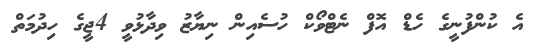
އެ ކުންފުނީގެ ހެޑް އޮފް ނެޓްވޯކް ހުސެއިން ނިޔާޒު ވިދާޅުވީ 4ޖީގެ ހިދުމަތް